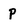
Character: P